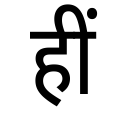
OCR:
हीं